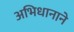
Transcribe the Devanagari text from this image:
अभिधानाने